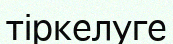
тіркелуге